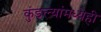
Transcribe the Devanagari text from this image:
कुंडल्यांमध्येही